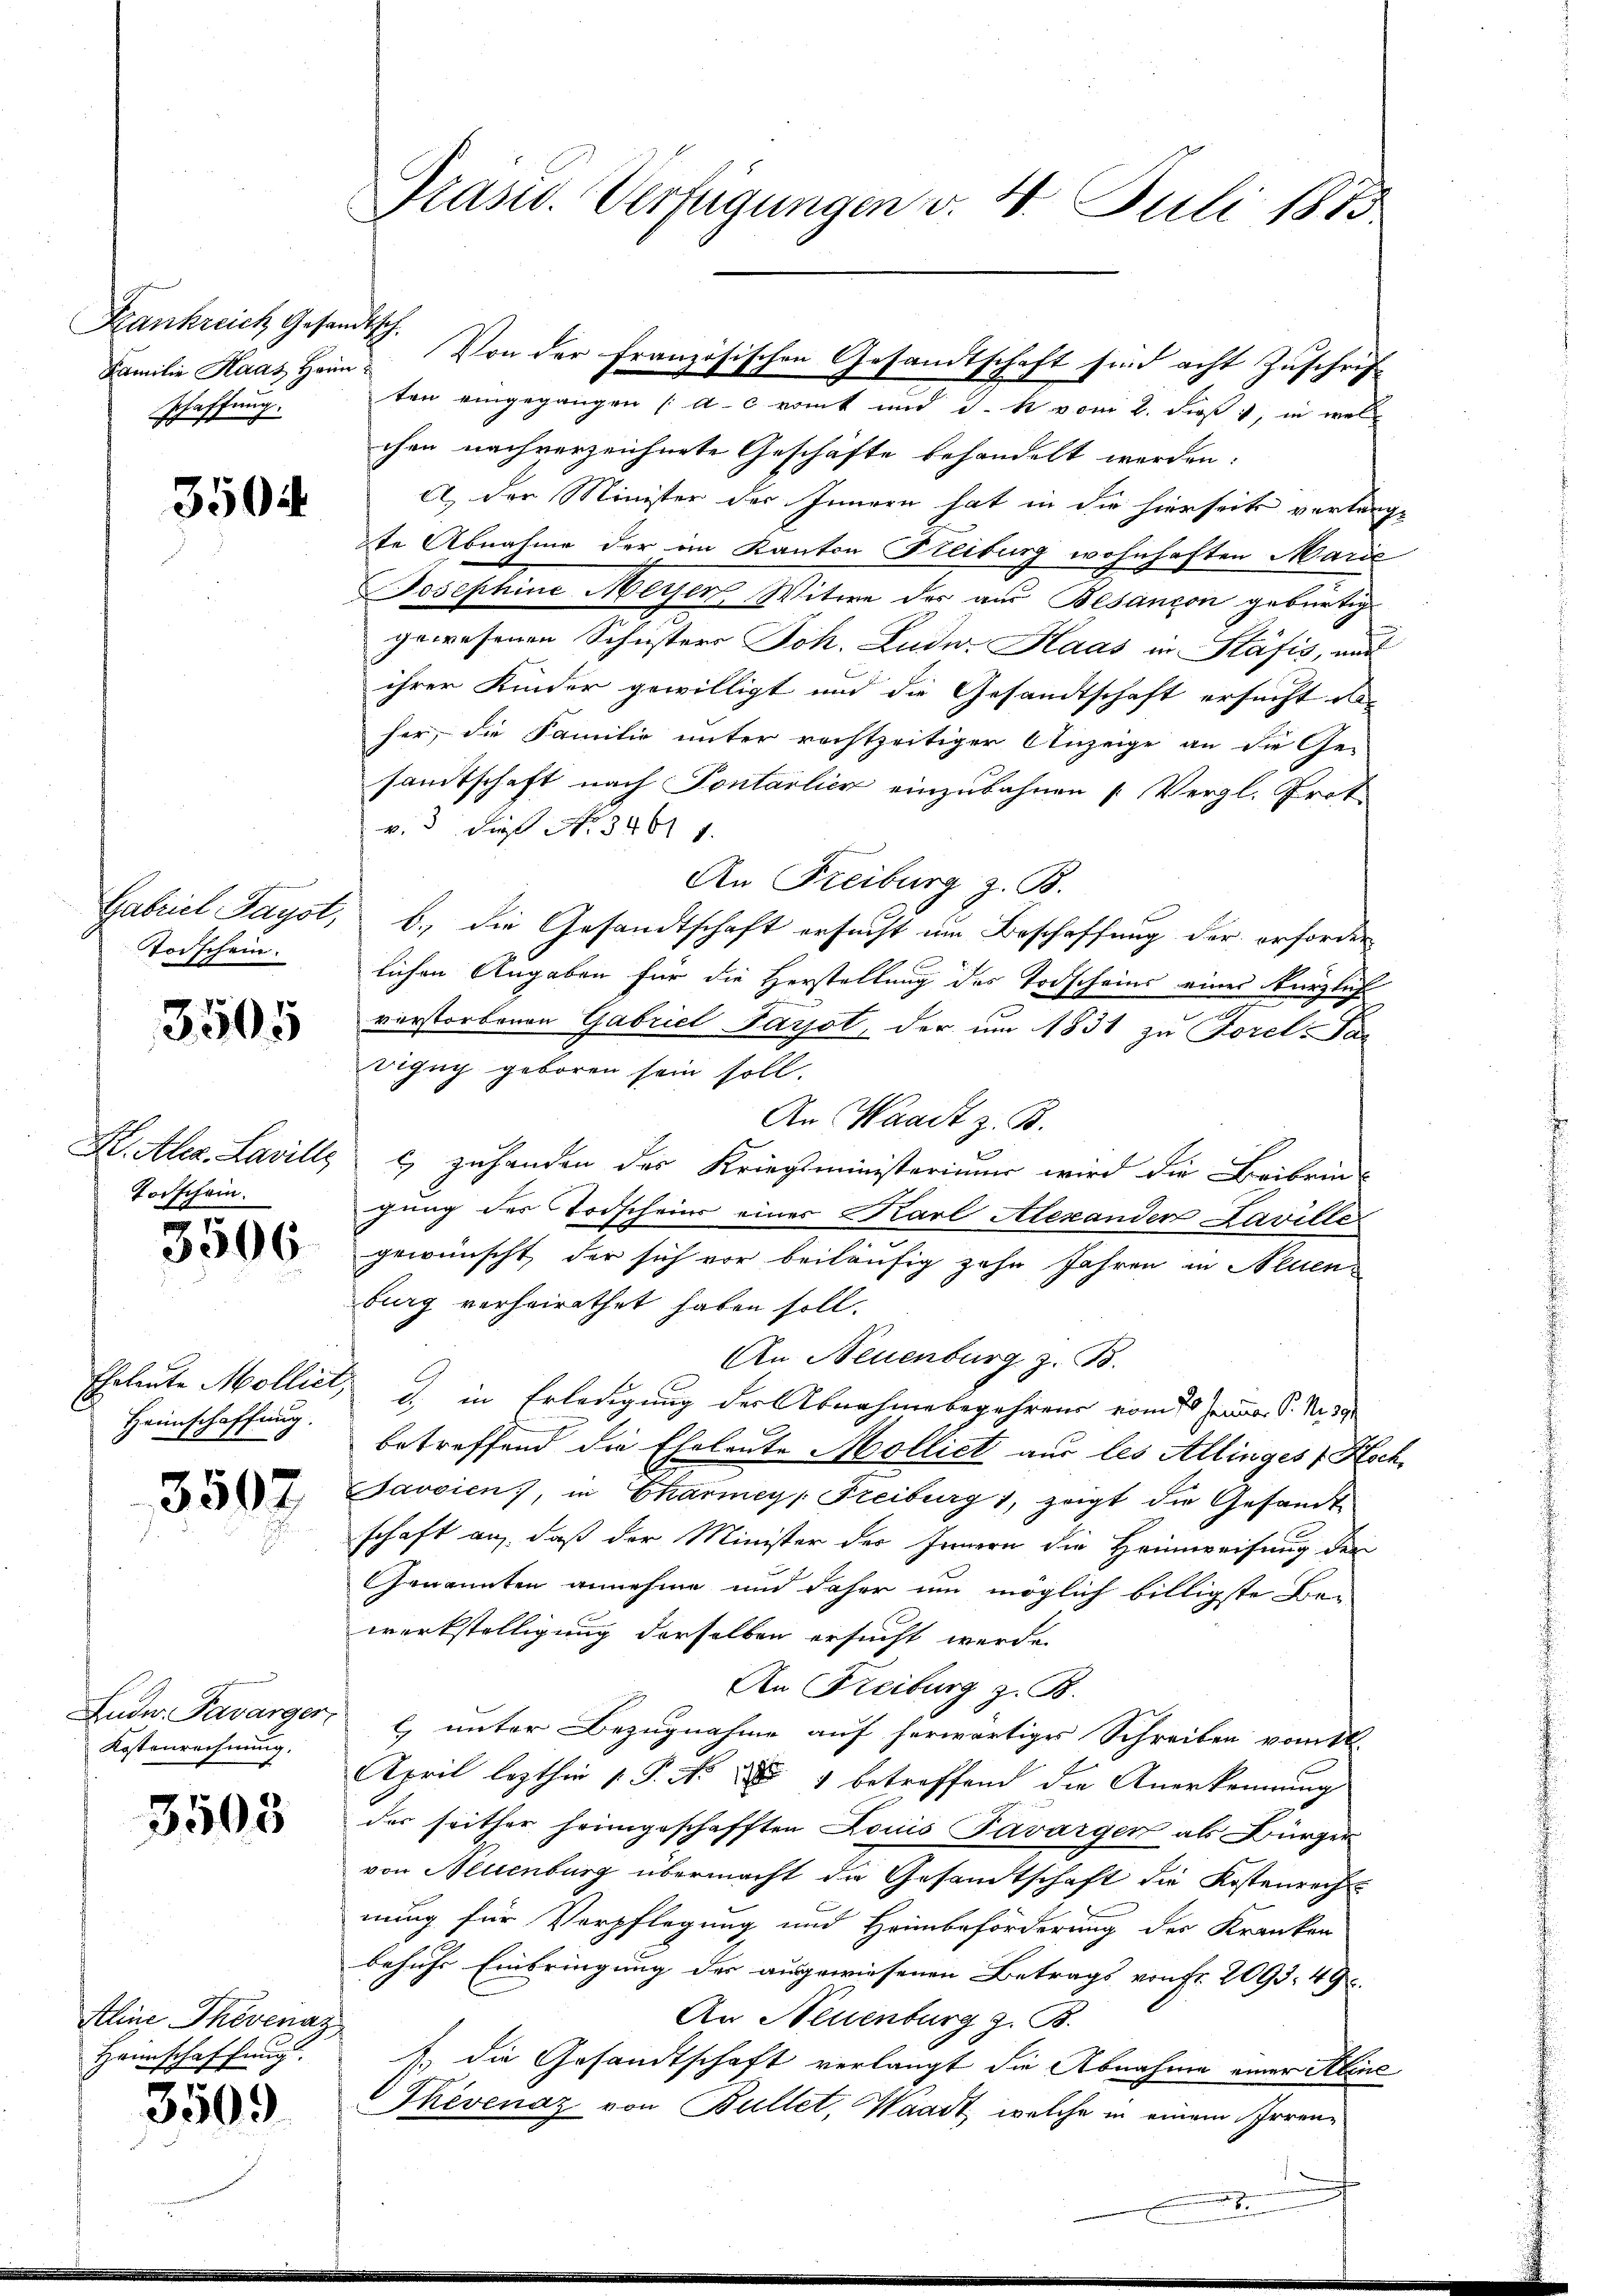
Frankreich Gesandtsch.
schaffung.

350

Torschein.

3505

H. Alex Laville
Torschein.

3506

Ehrleute Molliet,
Heimschaffung.

3507

Ludw. Favarger
Kostenrechnung.

3503

Aline Thevenaz
haffung.
Gerich

3509

Prasw. Verfügungen v. 4. Juli 1885

ten eingegangen (A.c romt und d. R. vom 2. dieß, in welchen nachverzeichnete Geschäfte behandelt werden.
A. der Minister des Innern hat in die hierseits vertrage
te Abnahme der im Kanton Heiburg wohnhaften Marie
Josephine Meisen Witwe der aus Besançon gebürtig
gewesenen Schusters Joh. Ludw. Haas in Stäfis, und
ihrer Kinder gewilligt und die Gesandtschaft ersucht den
her, die Familie unter rechtzeitiger Anzeige an die Ge-
samtschaft nach Pontalien einzubahnen (Vergl. Prot
v. 3. die No. 34611.
An Freiburg z. B.
Gabriel Layst, b. die Gesandtschaft ersucht um Beschaffung der erforder
lichen Angaben für die Herstellung des Todscheins eines kürzlich
verstorbenen Gabriel Darst, der um 1831 zu Forel Par
vigny geboren sein soll.
An Waadt z. B.
& zuhanden des Kriegsministerium wird die Beibrin-
gung des Todschein einer Karl Alexander Laville
gewünscht der sich vor beiläufig zehn Jahren in Neuen
burg verheirathet haben soll.
An Neuenburg z. B.
 in Erledigung der Abnahme begehren vom 20. Januar P. Nr. 191
betreffend die Eheleute Molliet aus les Allinges Hoch
avsien, in Charmey Freiburg 1, zeigt die Gesandte
schaft an, daß der Minister des Innern die Heimweisung der
Genannten annehme und daher um möglich billigste Be-
werkstelligung derselben ersucht werde.
An Freiburg z. B.
l) unter Bezugnahme auf herwärtiges Schreiben vom 1t
April lezthin 1. P. No. 81 betreffend die Anerkennung
des seither heimgeschafften Louis Favargen als Bürger
von Neuenburg übermacht die Gesandtschaft die Kostenrecht
nung für Verpflegung und Heimbeförderung der Kranken
behufs Einbringung der ausgewiesenen Betrags von Fr. 2093. 49
An Neuenburg z. B.
J. die Gesandtschaft verlangt die Abnahme einer Aline
Thevenaz von Bullet, Waadt, welche in einem Irren¬

Familie Haas Heim. Von der Französischen Gesandtschaft sind acht Zuschrif¬